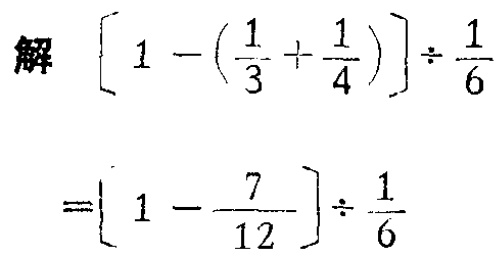
解 $\left[1 - \left(\frac{1}{3} + \frac{1}{4}\right)\right] \div \frac{1}{6}$

$=\left[1 - \frac{7}{12}\right] \div \frac{1}{6}$